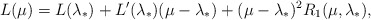
\begin{align*}L(\mu)=L(\lambda_{*})+L^{\prime}(\lambda_{*})(\mu-\lambda_{*})+(\mu-\lambda_{*})^{2}R_1(\mu,\lambda_{*}),\end{align*}